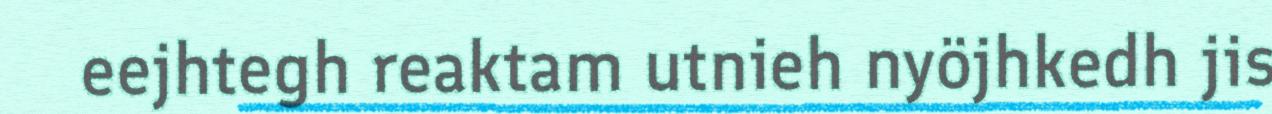
eejhtegh reaktam utnieh nyöjhkedh jis